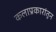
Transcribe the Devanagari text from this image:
कलाप्रकारांतून